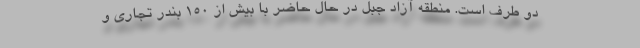
دو طرف است. منطقه آزاد جبل در حال حاضر با بیش از ۱۵۰ بندر تجاری و